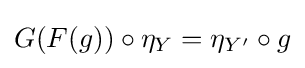
G(F(g))\circ \eta _{Y}=\eta _{Y'}\circ g